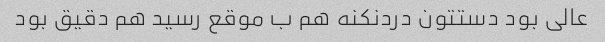
عالی بود دستتون دردنکنه هم ب موقع رسید هم دقیق بود